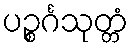
ပဉ္စင်္ဂသုတ္တံ